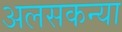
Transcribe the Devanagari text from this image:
अलसकन्या